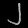
Digit: ၂